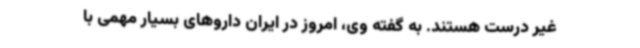
غیر درست هستند. به گفته وی، امروز در ایران داروهای بسیار مهمی با